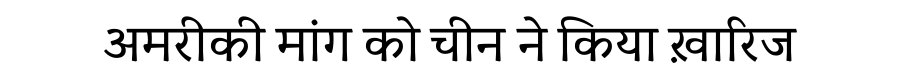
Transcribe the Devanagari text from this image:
अमरीकी मांग को चीन ने किया ख़ारिज